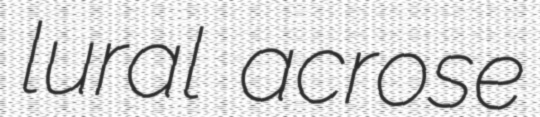
lural acrose